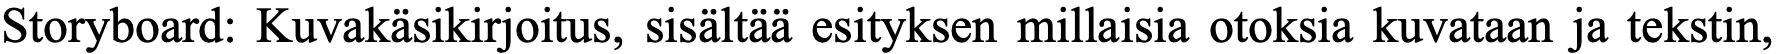
Storyboard: Kuvakäsikirjoitus, sisältää esityksen millaisia otoksia kuvataan ja tekstin,